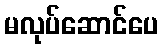
မလုပ်ဆောင်ပေ